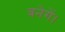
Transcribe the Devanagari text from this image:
बनेगें।